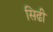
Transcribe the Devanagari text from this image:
सिढी